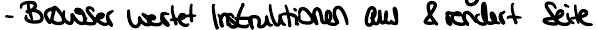
- Browser wertet Instruktionen aus & rendert Seite